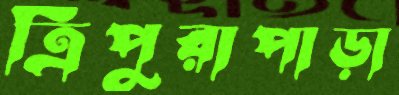
ত্রিপুরাপাড়া